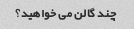
چند گالن می خواهید؟